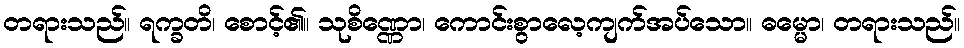
တရားသည်။ ရက္ခတိ၊ စောင့်၏။ သုစိဏ္ဏော၊ ကောင်းစွာလေ့ကျက်အပ်သော။ ဓမ္မော၊ တရားသည်။